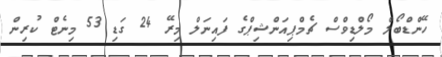
ހޭންޑްބޯލް މޯލްޑިވްސް ޗެމްޕިއަންޝިޕްގެ ފައިނަލް މިރޭ 24 ގަޑި 53 މިނެޓް ކުރިން